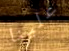
علينا